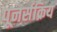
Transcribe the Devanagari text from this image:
पूनर्सक्रिय